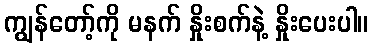
ကျွန်တော့်ကို မနက် နှိုးစက်နဲ့ နှိုးပေးပါ။